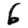
Digit: 6